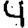
Digit: 4